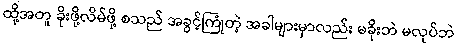
ထို့အတူ ခိုးဖို့လိမ်ဖို့ စသည် အခွင့်ကြုံတဲ့ အခါများမှာလည်း မခိုးဘဲ မလုပ်ဘဲ